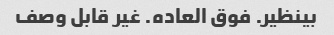
بینظیر. فوق العاده. غیر قابل وصف